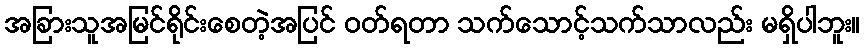
အခြားသူအမြင်ရိုင်းစေတဲ့အပြင် ဝတ်ရတာ သက်သောင့်သက်သာလည်း မရှိပါဘူး။